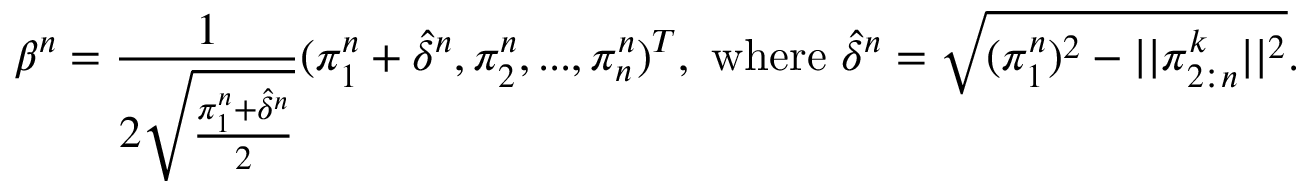
\beta ^ { n } = \frac { 1 } { 2 \sqrt { \frac { \pi _ { 1 } ^ { n } + \hat { \delta } ^ { n } } { 2 } } } ( \pi _ { 1 } ^ { n } + \hat { \delta } ^ { n } , \pi _ { 2 } ^ { n } , . . . , \pi _ { n } ^ { n } ) ^ { T } , \mathrm { ~ w h e r e ~ } \hat { \delta } ^ { n } = \sqrt { ( \pi _ { 1 } ^ { n } ) ^ { 2 } - | | \pi _ { 2 : n } ^ { k } | | ^ { 2 } } .